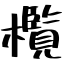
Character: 欖